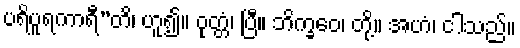
ပရိပူရကာရီ”တိ၊ ဟူ၍။ ဝုတ္တံ၊ ပြီ။ ဘိက္ခဝေ၊ တို့။ အဟံ၊ ငါသည်။